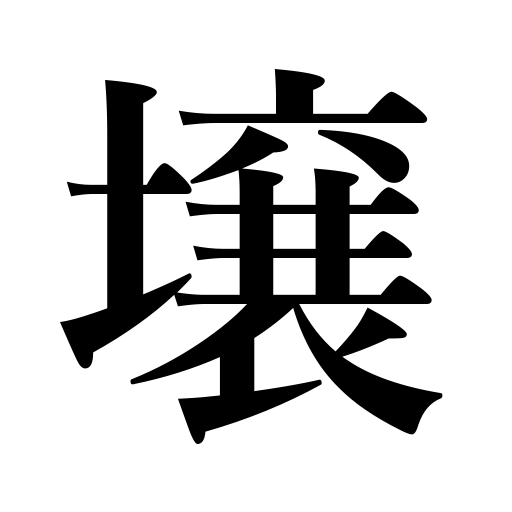
Meanings: soil,earth